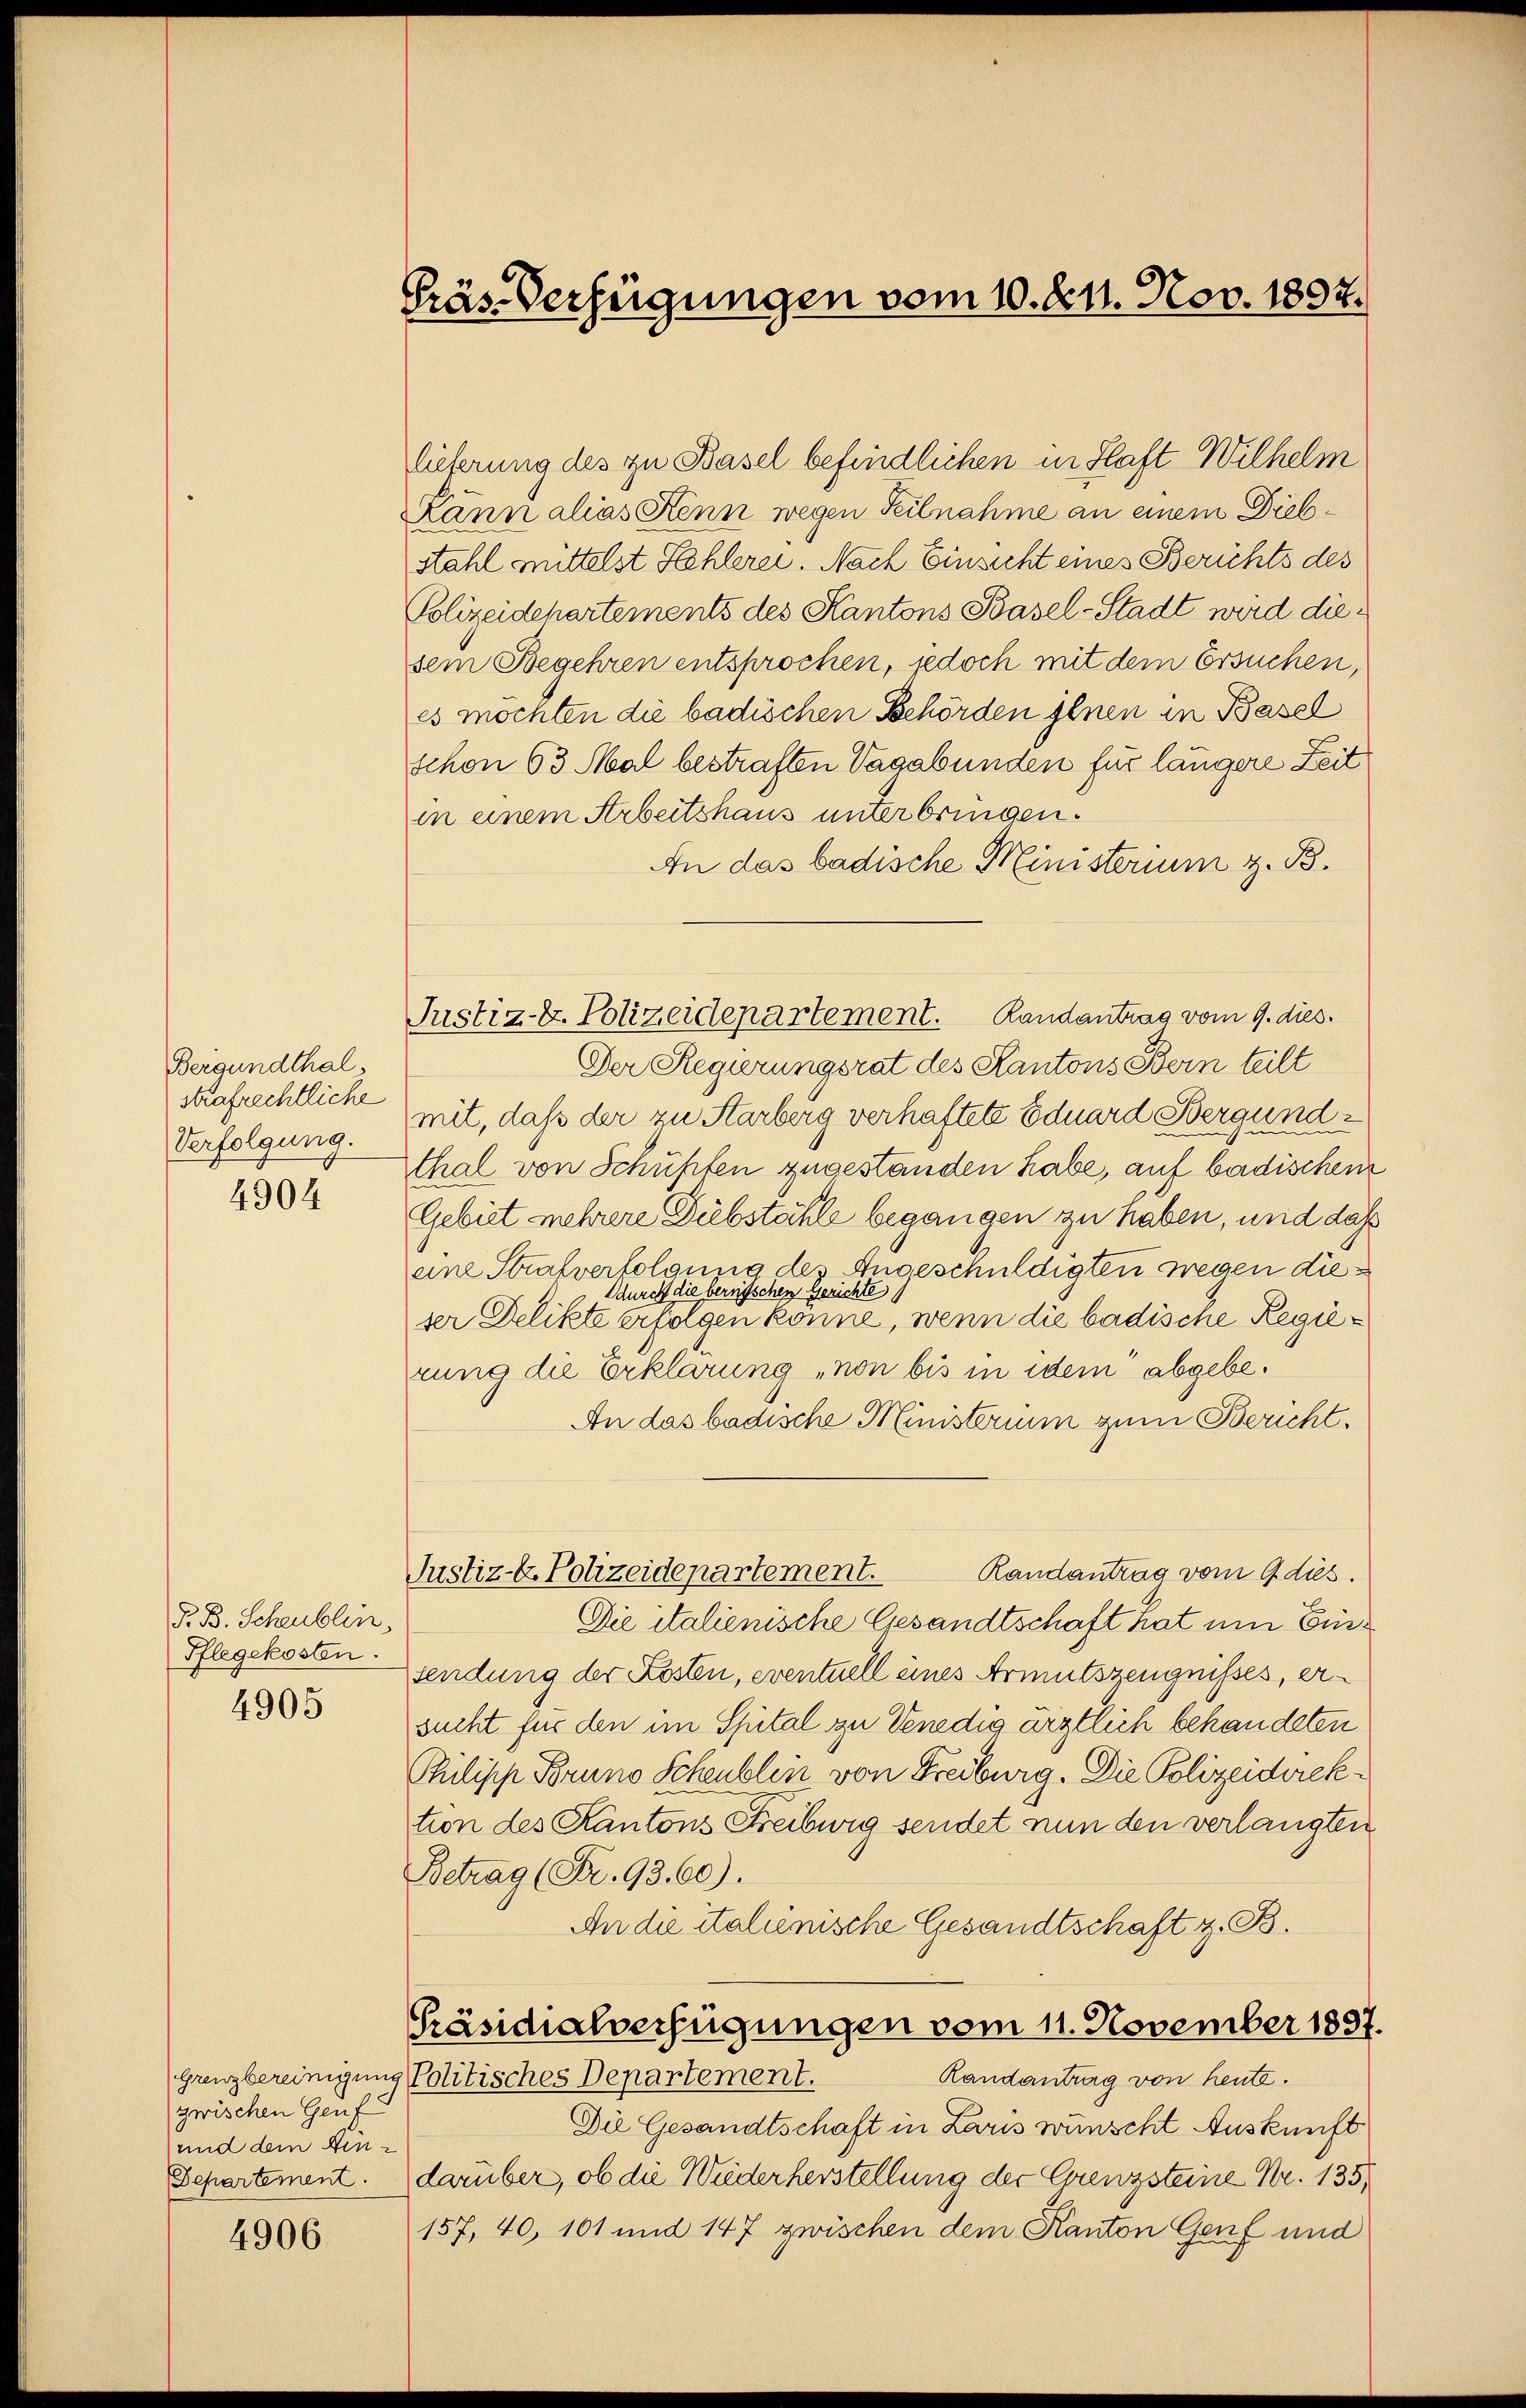
Bergundthal,
strafrechtliche
Verfolgung.

4904

P. B. Scheublin,
Pflegekosten.

4905

zwischen Genf
und dem Ein¬
Departement.

4906

Präs. Verfügungen vom 10. 8. Nov. 1807.

Justiz-V. Polizeidepartement. Randantrag vom 9. dies.

lieferung des zu Basel befindlichen in Haft Wilhelm
Kann alias Kenn wegen Teilnahme an einem Diebstahl mittelst Stehlerei. Nach Einsicht eines Berichts des
Polizeidehartements des Kantons Basel-Stadt wird diesem Begehren entsprochen, jedoch mit dem Ersuchen,
es mochten die badischen Behörden ihnen in Basel
schon 63 Mal bestraften Vagabunden für längere Zeit
in einem Arbeitshaus unterbringen.
An das badische Ministerium z. B.
Der Regierungsrat des Kantons Bern teilt
mit, daß der zu Starberg verhaftete Eduard Bergundthal von Schüßten zugestanden habe, auf badischen
Gebiet mehrere Diebstähle begangen zu haben, und daß
eine Strafverfolgung des Angeschuldigten wegen die¬
Ddurch die bernischen Gerichte
ser Delikte erfolgen könne, wenn die badische Regierung die Erklärung „von bis in idem abgebe¬
An das badische Ministerium zum Bericht.
Randantrag vom 9 dies
Justiz- & Polizeidepartement.
Die italienische Gesandtschaft hat um Einsendung der Kosten, eventuell eines Armutszeugnisses, ersucht für den im Spital zu Venedig ärztlich behandeten
Philipp Bruno Scheublen von Freiburg. Die Polizeidirektion des Kantons Freibwig sendet nun den verlangten
Betrag (Fr. 93.60).
An die italienische Gesandtschaft z. B.
Präsidialverfügungen vom 11. November 1837.
Randantrag von heute.
Grenzbereinigung Politisches Departement.
Die Gesandtschaft in Laris wünscht Auskunft
darüber, ob die Wiederherstellung der Corenzsteine Nr. 135,
157, 40, 101 und 147 zwischen dem Kanton Genf und